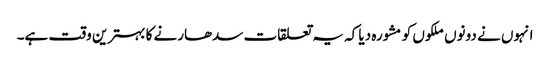
انہوں نے دونوں ملکوں کو مشورہ دیا کہ یہ تعلقات سدھارنے کا بہترین وقت ہے۔